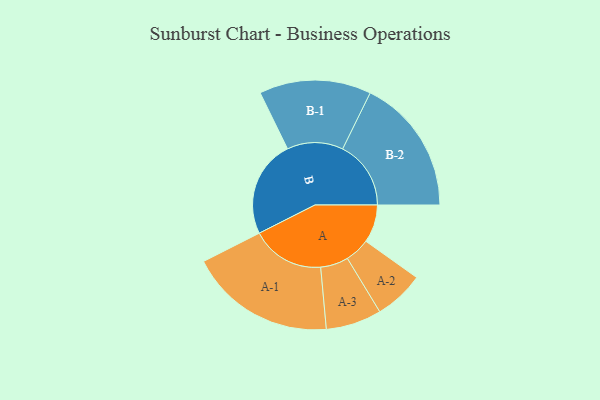
{"axis": {"x": "Segment", "y": "Value"}, "legend": ["", "A", "B"], "data": [{"x": "A", "y": 154, "type": ""}, {"x": "B", "y": 394, "type": ""}, {"x": "A-1", "y": 297, "type": "A"}, {"x": "A-2", "y": 101, "type": "A"}, {"x": "A-3", "y": 113, "type": "A"}, {"x": "B-1", "y": 227, "type": "B"}, {"x": "B-2", "y": 277, "type": "B"}]}